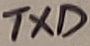
Text: TXD